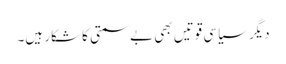
دیگر سیاسی قوتیں بھی بےسمتی کا شکار ہیں۔